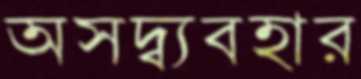
অসদ্ব্যবহার